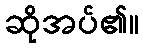
ဆိုအပ်၏။